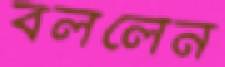
বললেন